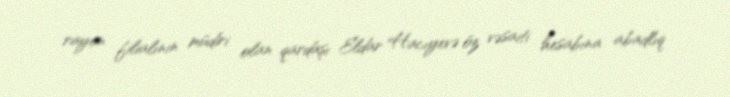
rayon filialının müdiri olan qardaşı Eldar Hacıyevə öz vəsaiti hesabına abadlıq